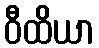
ဝီထိယာ